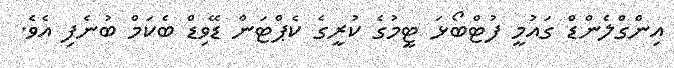
އިންގްލެންޑް ގައުމީ ފުޓްބޯޅަ ޓީމުގެ ކުރީގެ ކެޕްޓަން ޑޭވިޑް ބެކަމް ބުނެފި އެވެ.